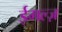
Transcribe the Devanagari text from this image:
ईगल्ज़